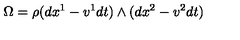
\Omega = \rho ( d x ^ { 1 } - v ^ { 1 } d t ) \land ( d x ^ { 2 } - v ^ { 2 } d t )